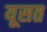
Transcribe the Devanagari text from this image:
यूसत